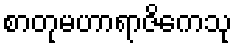
စာတုမဟာရာဇိကေသု